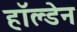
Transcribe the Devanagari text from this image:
हाॅल्डेन